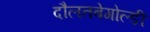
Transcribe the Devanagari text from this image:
दौलतबेगोल्डी